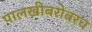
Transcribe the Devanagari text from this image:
पालखीबरोबरच